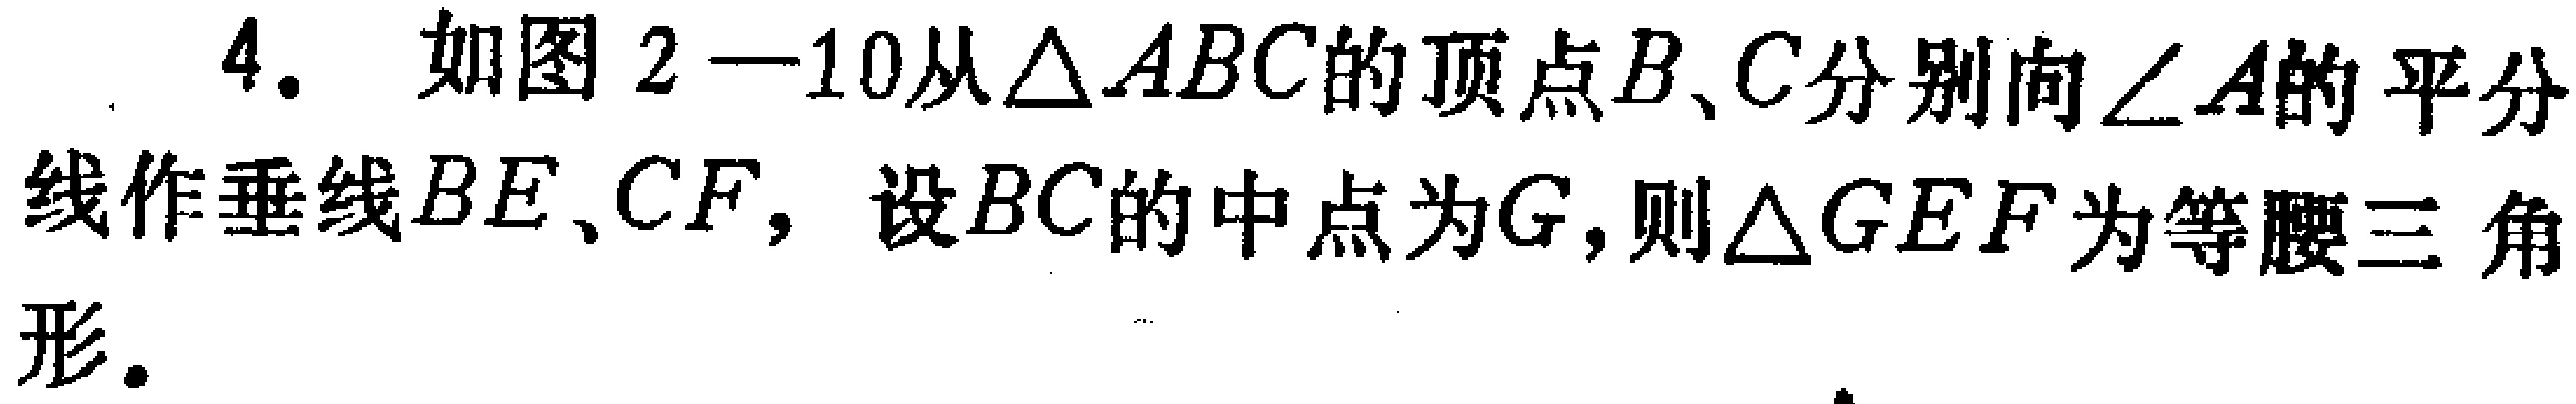
4. 如图2—10从\(\triangle ABC\)的顶点\(B、C\)分别向\(\angle A\)的平分线作垂线\(BE、CF\)，设\(BC\)的中点为\(G\)，则\(\triangle GEF\)为等腰三角形。